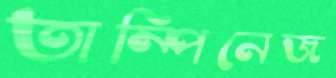
তাম্পিনেজ